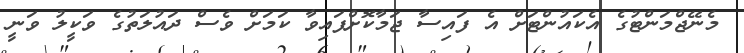
މެނޭޖްމަންޓުގެ އެކައުންޓަށް އެ ފައިސާ ޖަމާކޮށްފައިވާ ކަމަށް ވެސް ދައުލަތުގެ ވަކީލު ވަނީ